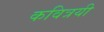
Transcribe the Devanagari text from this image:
कवित्रयी